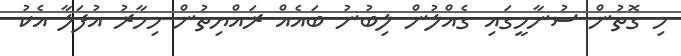
މި ގޮތުން ސުނާމީގައި ގެއްލުން ލިބުނު ބައެއް ރައްޔިތުން މިހާރު އުފަލާ އެކު